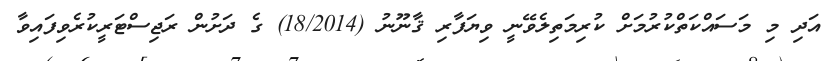
އަދި މި މަސައްކަތްކުރުމަށް ކުރިމަތިލެވޭނީ ވިޔަފާރި ޤާނޫނު (18/2014) ގެ ދަށުން ރަޖިސްޓަރީކުރެވިފައިވާ